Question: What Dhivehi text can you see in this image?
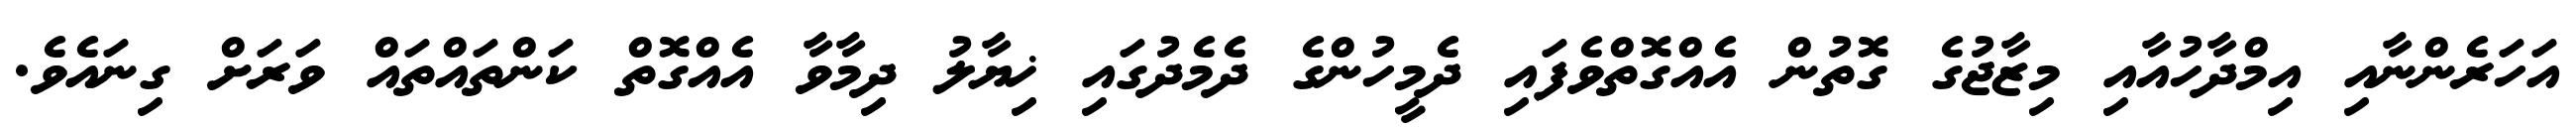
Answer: އަހަރެންނާއި އިމްދާހުއާއި މިޒާޖުގެ ގޮތުން އެއްގޮތްވެފައި ދެމީހުންގެ ދެމެދުގައި ޚިޔާލު ދިމާވާ އެއްގޮތް ކަންތައްތައް ވަރަށް ގިނައެވެ.